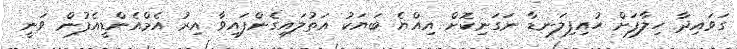
ގަވައިދާ ހިލާފަށް ހުއިފިލަނޑާ ނަގަނިކޮށް އިއްޔެ ބަޔަކު އަތުލައިގެންފައިވާ އިރު އެމްއެންޑީއެފުން ވަނީ